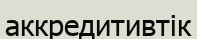
аккредитивтік